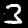
Label: 3